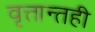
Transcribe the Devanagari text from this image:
वृत्तान्तही